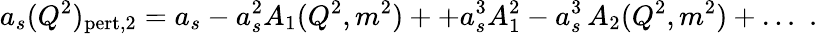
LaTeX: a_{s}(Q^{2})_{\mathrm{pert,2}}=a_{s}-a_{s}^{2}A_{1}(Q^{2},m^{2})++a_{s}^{3}A_{1}^{2}-a_{s}^{3}\, A_{2}(Q^{2},m^{2})+\dots\, \, .